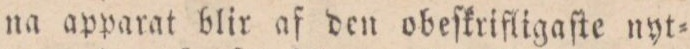
na apparat blir af den obeſkrifligaſte nyt=